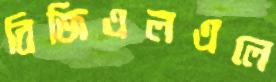
বিজিএলএলে